Plague in India, 1896, 1897 - Volume 1
Year: 1896
Disease focus: Plague
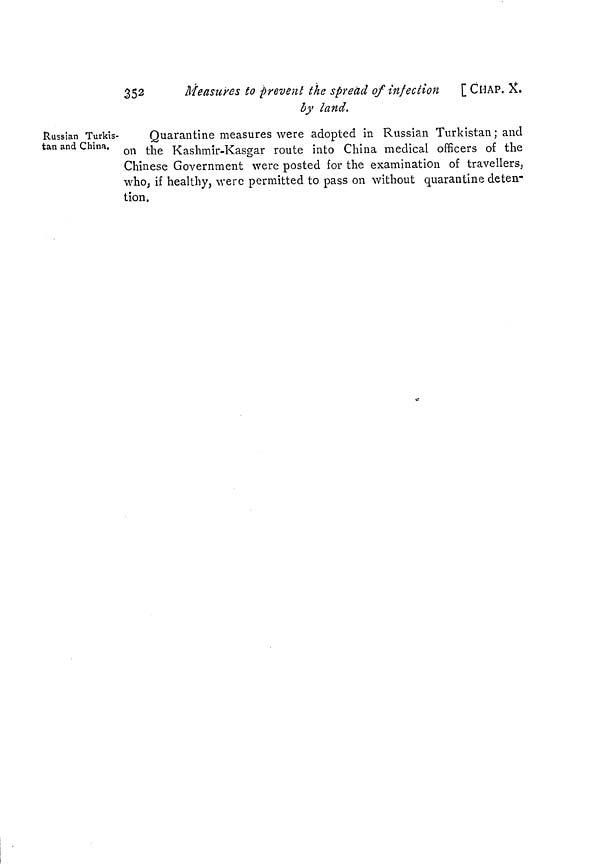
352
Measures to prevent the spread of infection
by land.
[ CHAP. X.
Russian Turkis-
tan and China.
Quarantine measures were adopted in Russian Turkistan; and
on the Kashmir-Kasgar route into China medical officers of the
Chinese Government were posted for the examination of travellers,
who, if healthy, were permitted to pass on without quarantine deten-
tion,